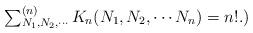
LaTeX: \begin{align*}\mbox{$\sum_{N_1,N_2,\cdots}^{(n)}$}\, K_n(N_1,N_2,\cdots N_n)=n!.\mbox{)}\end{align*}